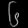
Digit: ၆